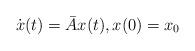
LaTeX: \begin{align*}\dot{x}(t) =\bar{A}x(t),x(0) = x_0\end{align*}